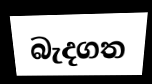
බැදගත